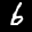
Digit: 6